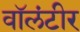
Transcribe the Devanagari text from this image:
वॉलंटीर